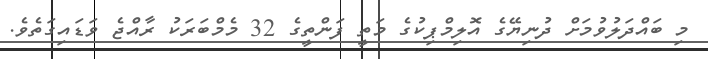
މި ބައްދަލުވުމަށް ދުނިޔޭގެ އޮލިމްޕިކުގެ މަތީ ފަންތީގެ 32 މެމްބަރަކު ރާއްޖެ ވަޑައިގަތެވެ.